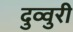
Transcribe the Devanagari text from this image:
दुव्वुरी